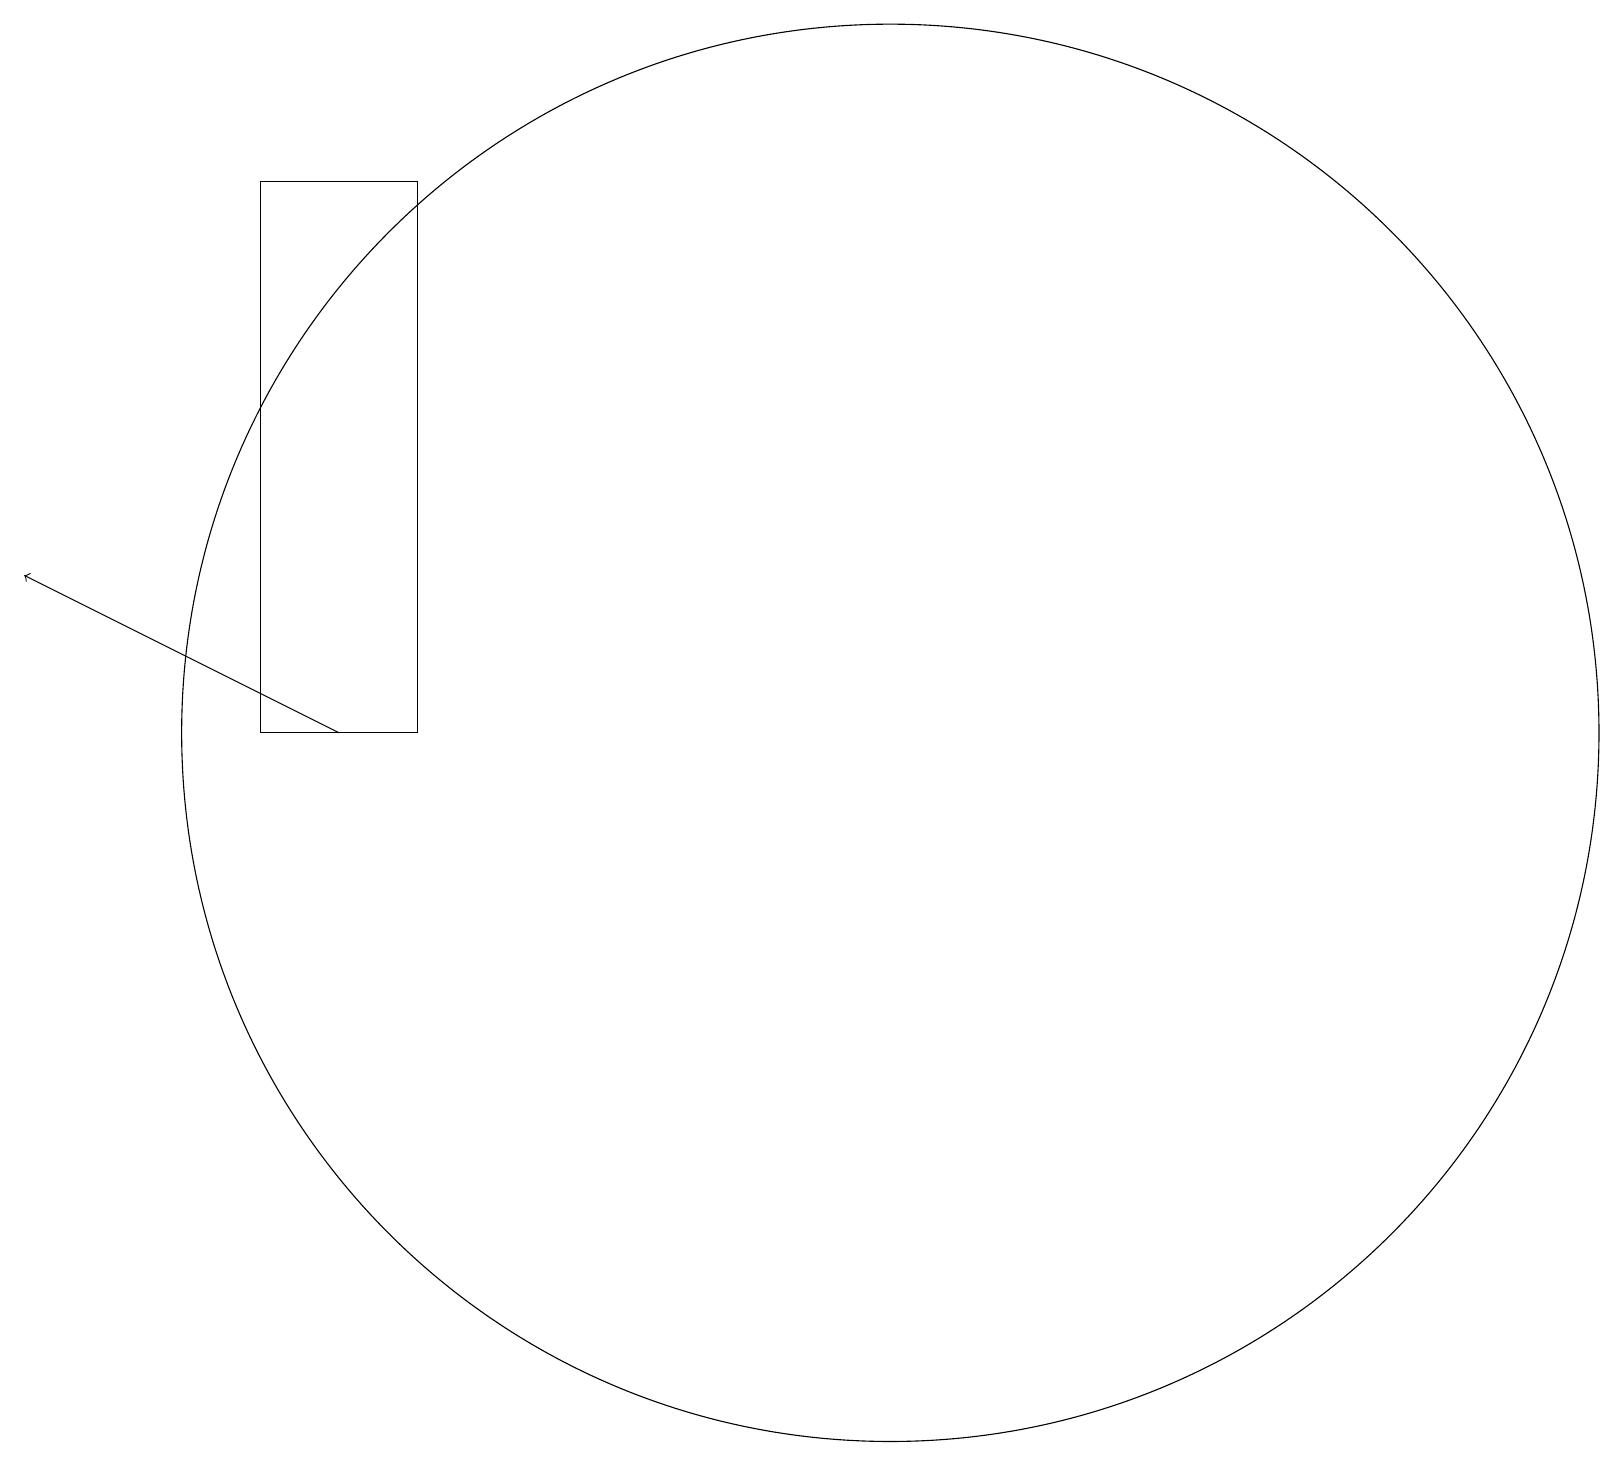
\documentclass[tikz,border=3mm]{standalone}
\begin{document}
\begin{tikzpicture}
\draw (12,10) circle (9);
\draw (4,17) rectangle (6,10);
\draw[->] (5,10) -- (1,12);
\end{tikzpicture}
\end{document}